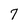
Character: 7